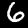
Label: 6